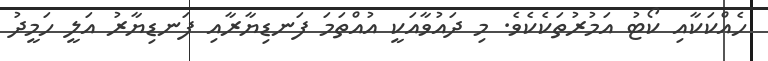
ހެއްކަކާއި ކޯޓު އަމުރުތަކެކެވެ. މި ދައުވާއަކީ އުއްތަމަ ފަނޑިޔާރާއި ފަނޑިޔާރު އަލީ ހަމީދު